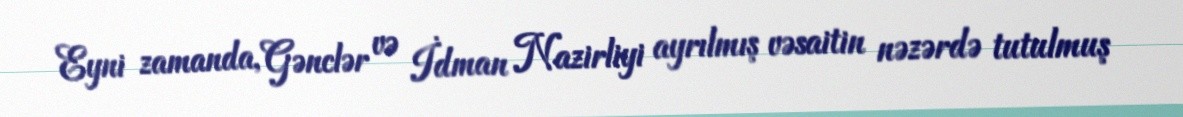
Eyni zamanda, Gənclər və İdman Nazirliyi ayrılmış vəsaitin nəzərdə tutulmuş